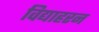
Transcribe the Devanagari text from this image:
विद्याहरन